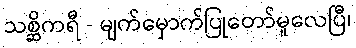
သစ္ဆိကရီ - မျက်မှောက်ပြုတော်မူလေပြီ၊